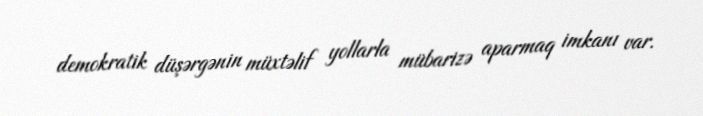
demokratik düşərgənin müxtəlif yollarla mübarizə aparmaq imkanı var.